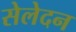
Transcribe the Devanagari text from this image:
सेलेदन